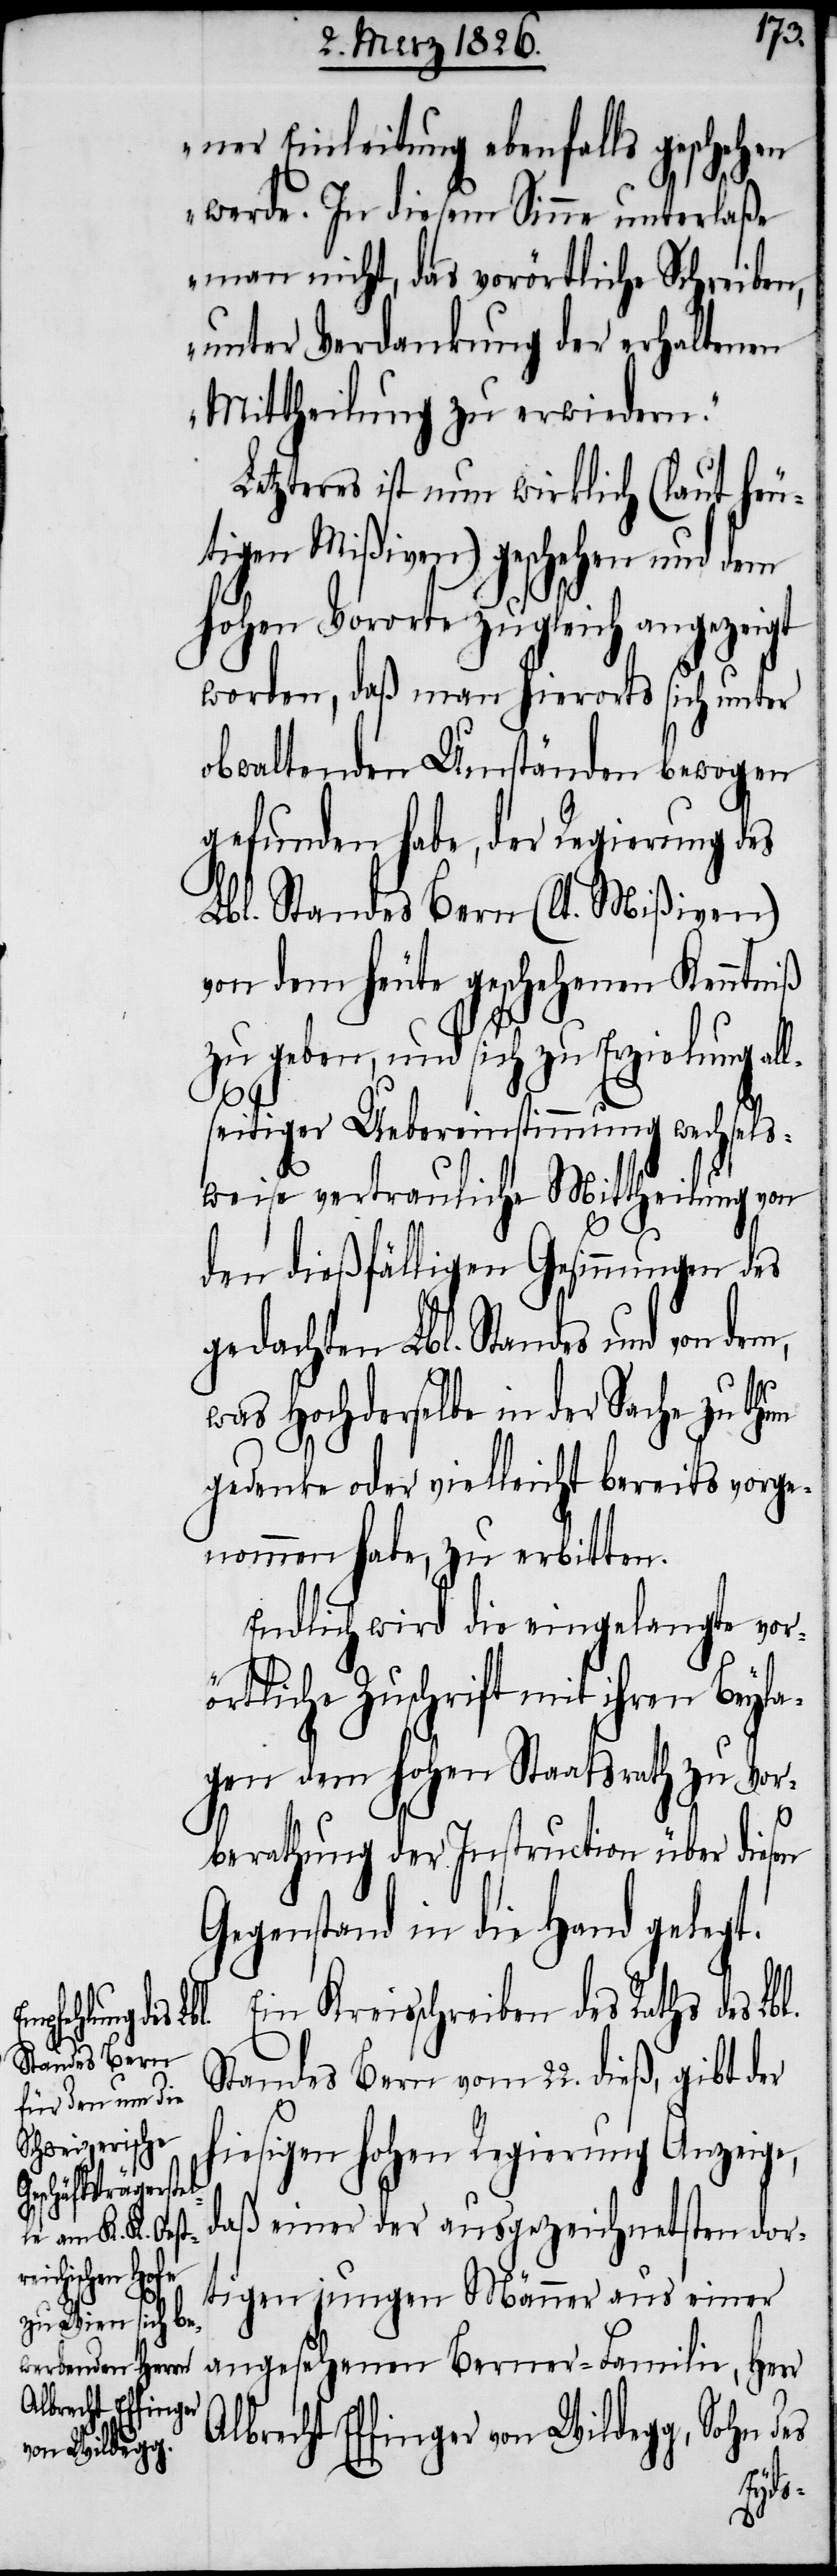
ner Einleitung ebenfalls geschehen
werde. In diesem Sinne unterlaße
man nicht, das vorörtliche Schreiben,
unter Verdankung der erhaltenen
Mittheilung zu erwiedern.“
Letzteres ist nun wirklich (laut heu¬
tigen Mißiven) geschehen und dem
hohen Vorort zugleich angezeigt
worden, daß man hierorts sich unter
obwaltenden Umständen bewogen
gefunden habe, der Regierung des
Lbl. Standes Bern (lt. Mißiven)
von dem heute geschehenen Kenntniß
zu geben, und sich zu Erzielung al¬
seitiger Uebereinstimmung wechsel¬
sweise vertrauliche Mittheilung von
un
den dießfälligen Gesinnungen des
gedachten Lbl Standes und von dem,
was Hochderselbe in der Sache zu th¬
gedenke oder vielleicht bereits vorg¬
enommen habe, zu erbitten.
Endlich wird die eingelangte vor¬
örtliche Zuschrift mit ihren Beyla¬
gen dem hohen Staatsrath zu Vor¬
berathung der Instruction über diesen
Gegenstand in die Hand gelegt.
Ein Kreisschreiben des Raths des
Standes Bern vom 22. dieß, gibt der
hiesigen hohen Regierung Anzeige,
daß einer der ausgezeichnetsten dor¬
Sohn des
tigen jungen Männer aus einer
angesehenen Berner-Familie, Herr
Albrecht Effinger
von Wildegg,